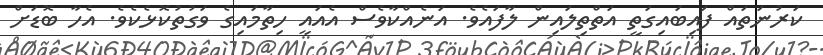
ކަރުނަތައް ފައިބައިގަތީ އަތްތިލައިން ލާފައެވެ. އަނެއްކާވެސް އެއައީ ހިތާމައިގެ ވަގުތުކޮޅެކެވެ. އެހާ ބޮޑަށް